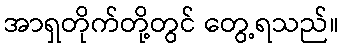
အာရှတိုက်တို့တွင် တွေ့ရသည်။